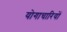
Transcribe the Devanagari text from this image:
योगाचारियों